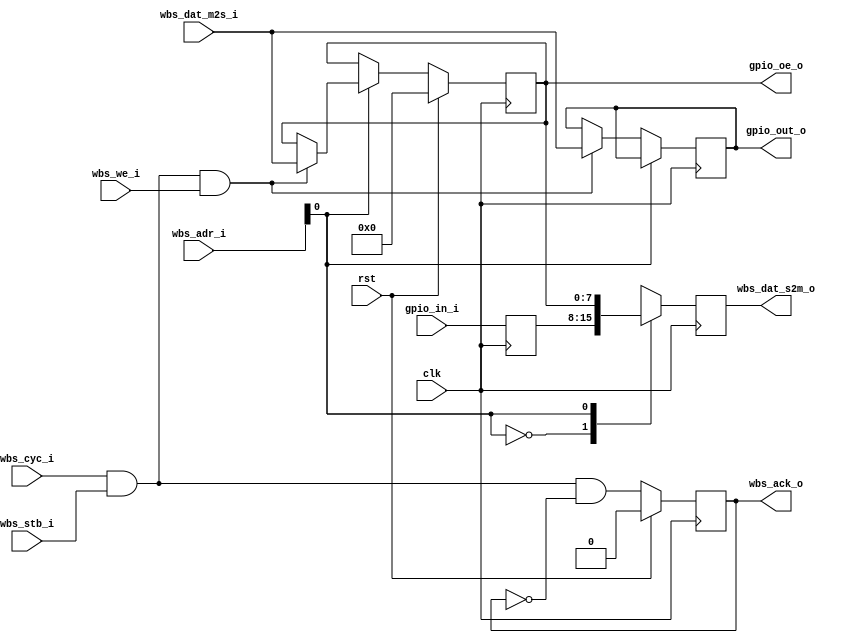
////////////////////////////////////////////////////////////////////////////////
// This sourcecode is released under BSD license.
// Please see http://www.opensource.org/licenses/bsd-license.php for details!
////////////////////////////////////////////////////////////////////////////////
//
// Copyright (c) 2010, Stefan Fischer <Ste.Fis@OpenCores.org>
// All rights reserved.
//
// Redistribution and use in source and binary forms, with or without 
// modification, are permitted provided that the following conditions are met:
//
//  * Redistributions of source code must retain the above copyright notice, 
//    this list of conditions and the following disclaimer.
//  * Redistributions in binary form must reproduce the above copyright notice,
//    this list of conditions and the following disclaimer in the documentation
//    and/or other materials provided with the distribution.
//
// THIS SOFTWARE IS PROVIDED BY THE COPYRIGHT HOLDERS AND CONTRIBUTORS "AS IS" 
// AND ANY EXPRESS OR IMPLIED WARRANTIES, INCLUDING, BUT NOT LIMITED TO, THE 
// IMPLIED WARRANTIES OF MERCHANTABILITY AND FITNESS FOR A PARTICULAR PURPOSE 
// ARE DISCLAIMED. IN NO EVENT SHALL THE COPYRIGHT HOLDER OR CONTRIBUTORS BE 
// LIABLE FOR ANY DIRECT, INDIRECT, INCIDENTAL, SPECIAL, EXEMPLARY, OR 
// CONSEQUENTIAL DAMAGES (INCLUDING, BUT NOT LIMITED TO, PROCUREMENT OF 
// SUBSTITUTE GOODS OR SERVICES; LOSS OF USE, DATA, OR PROFITS; OR BUSINESS 
// INTERRUPTION) HOWEVER CAUSED AND ON ANY THEORY OF LIABILITY, WHETHER IN 
// CONTRACT, STRICT LIABILITY, OR TORT (INCLUDING NEGLIGENCE OR OTHERWISE) 
// ARISING IN ANY WAY OUT OF THE USE OF THIS SOFTWARE, EVEN IF ADVISED OF THE 
// POSSIBILITY OF SUCH DAMAGE.
//
////////////////////////////////////////////////////////////////////////////////
// description: synthesizable wishbone slave general purpose i/o module
// todo4user: add more i/o ports as needed
// version: 0.0.0
// changelog: - 0.0.0, initial release
//            - ...
////////////////////////////////////////////////////////////////////////////////


module wbs_gpio (
  rst,
  clk,
  
  wbs_cyc_i,
  wbs_stb_i,
  wbs_we_i,
  wbs_adr_i,
  wbs_dat_m2s_i,
  wbs_dat_s2m_o,
  wbs_ack_o,
  
  gpio_in_i,
  gpio_out_o,
  gpio_oe_o
);

  input rst; 
  wire  rst;
  input clk; 
  wire  clk;
  
  input wbs_cyc_i;
  wire  wbs_cyc_i;
  input wbs_stb_i; 
  wire  wbs_stb_i;
  input wbs_we_i; 
  wire  wbs_we_i;
  input[7:0] wbs_adr_i; 
  wire [7:0] wbs_adr_i;
  input[7:0] wbs_dat_m2s_i;
  wire [7:0] wbs_dat_m2s_i;
  output[7:0] wbs_dat_s2m_o;
  reg   [7:0] wbs_dat_s2m_o;
  output wbs_ack_o;
  reg    wbs_ack_o;
  
  input[7:0] gpio_in_i;
  wire [7:0] gpio_in_i;
  output[7:0] gpio_out_o;
  reg   [7:0] gpio_out_o;
  output[7:0] gpio_oe_o;
  reg   [7:0] gpio_oe_o;

  wire wb_reg_we;
  
  reg[7:0] gpio_in;
  
  parameter IS_INPUT = 1'b0;
  parameter IS_OUTPUT = ! IS_INPUT;

  parameter ADDR_MSB = 0;
  parameter[7:0] GPIO_IO_ADDR = 8'h00;
  parameter[7:0] GPIO_OE_ADDR = 8'h01;
  
  // internal register write enable signal
  assign wb_reg_we = wbs_cyc_i && wbs_stb_i && wbs_we_i;
 
  always@(posedge clk) begin
  
    gpio_in <= gpio_in_i;
  
    wbs_dat_s2m_o <= 8'h00;
    // registered wishbone slave handshake
    wbs_ack_o <= wbs_cyc_i && wbs_stb_i && (! wbs_ack_o);
    
    case(wbs_adr_i[ADDR_MSB:0])
      // i/o register access
      GPIO_IO_ADDR[ADDR_MSB:0]: begin
        if (wb_reg_we)
          gpio_out_o <= wbs_dat_m2s_i;
        wbs_dat_s2m_o <= gpio_in;
      end
      // output enable register access
      GPIO_OE_ADDR[ADDR_MSB:0]: begin
        if (wb_reg_we)
          gpio_oe_o <= wbs_dat_m2s_i;
        wbs_dat_s2m_o <= gpio_oe_o;
      end
      default: ;
    endcase
  
    if (rst) begin
      wbs_ack_o <= 1'b0;
      gpio_oe_o <= {8{IS_INPUT}};
    end
      
  end

endmodule